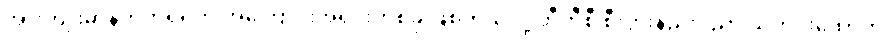
အားကျိုးမာန်တက်ရှိရတဲ့ အကြောင်းအရင်းတစ်ခု ဖြစ်တယ်လို့ ဘီဘီစီ စီးပွားနည်းပညာ သတင်းထောက်